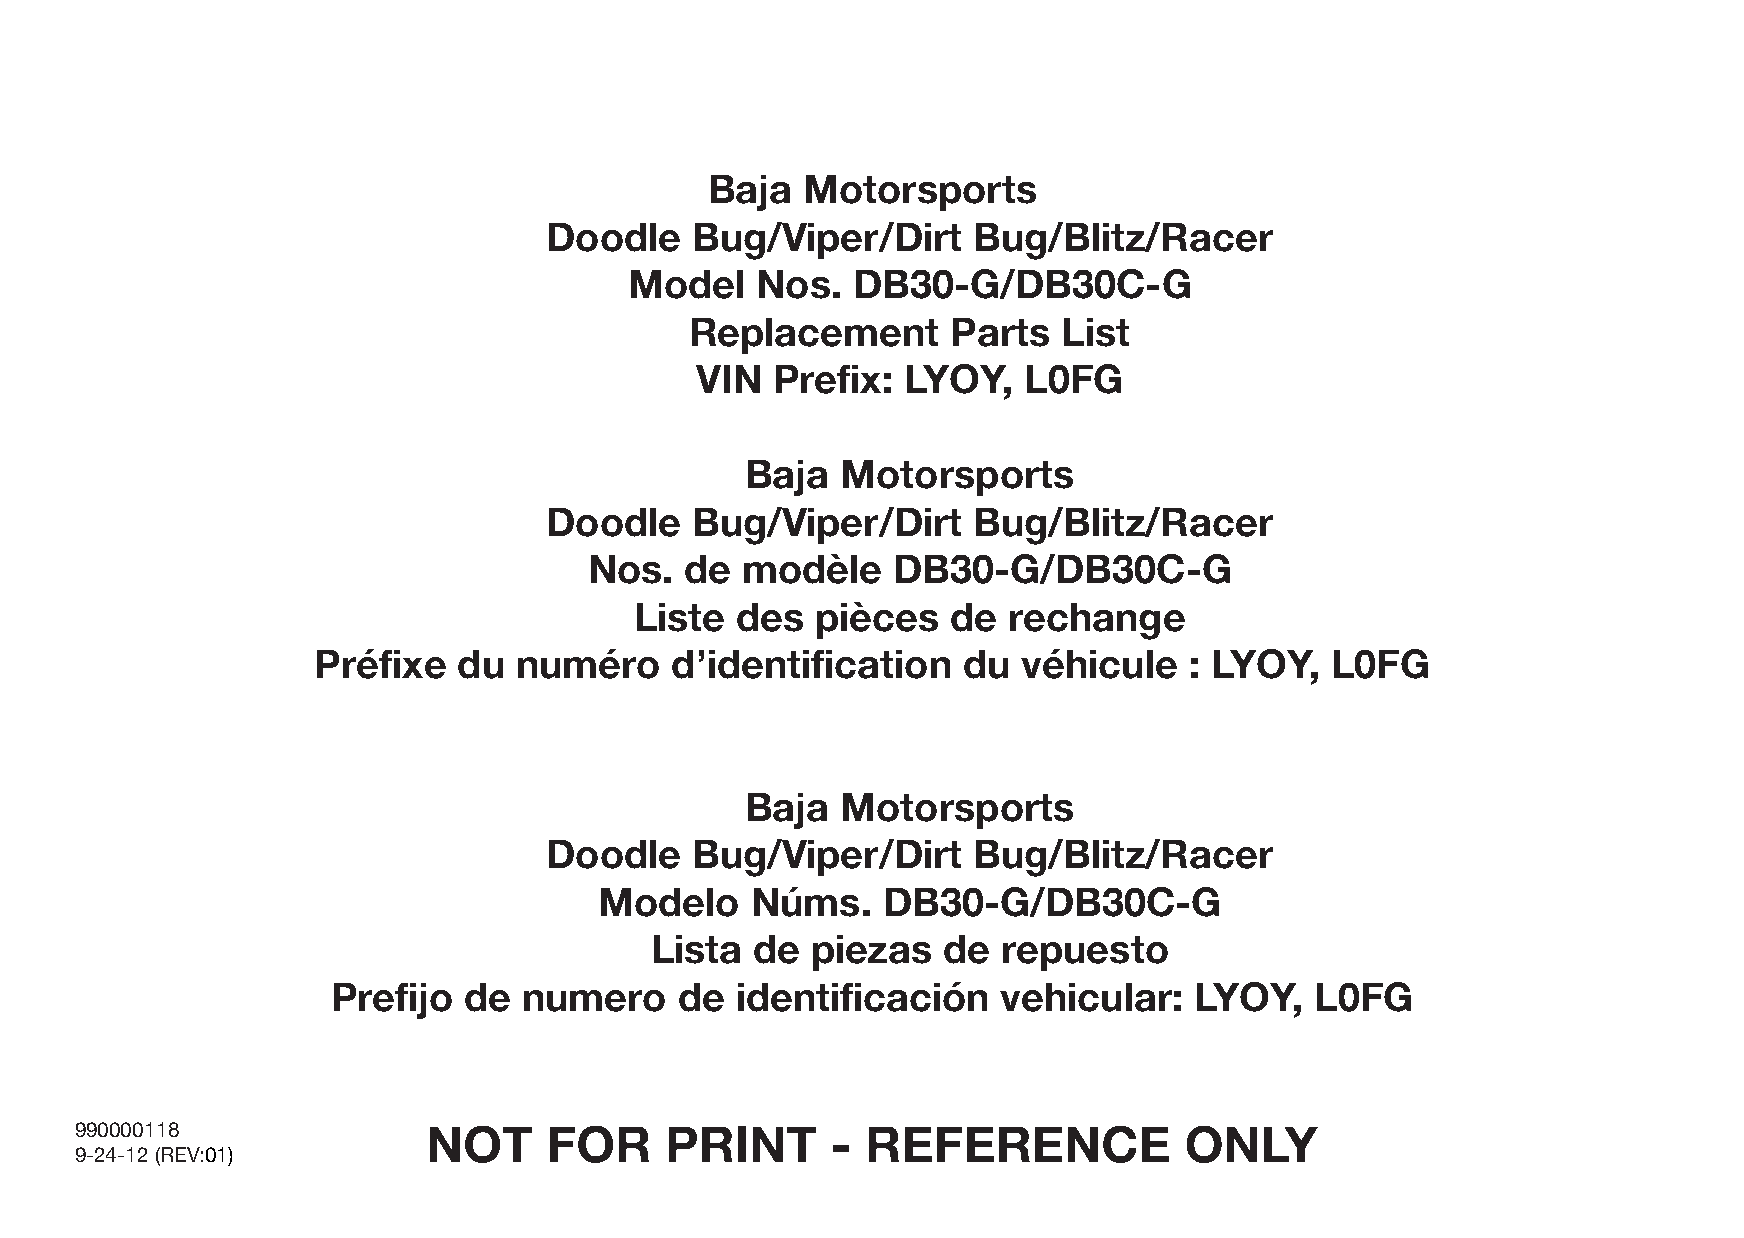
Baja  Motorsports
 Doodle    Bug/Viper/Dirt    Bug/Blitz/Racer
 Model   Nos.  DB30-G/DB30C-G
 Replacement      Parts  List
 VIN  Prefix:  LYOY,   L0FG
 Baja   Motorsports
 Doodle    Bug/Viper/Dirt    Bug/Blitz/Racer
 Nos.  de  modèle    DB30-G/DB30C-G
 Liste  des  pièces   de  rechange
 Préfixe  du  numéro    d’identification    du  véhicule   : LYOY,  L0FG
 Baja   Motorsports
 Doodle    Bug/Viper/Dirt    Bug/Blitz/Racer
 Modelo    Núms.   DB30-G/DB30C-G
 Lista  de  piezas  de  repuesto
 Prefijo  de  numero    de  identificación   vehicular:   LYOY,   L0FG
 990000118              NOT     FOR     PRINT      - REFERENCE            ONLY
 9-24-12 (REV:01)